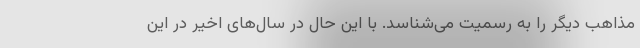
مذاهب دیگر را به رسمیت می‌شناسد. با این حال در سال‌های اخیر در این